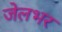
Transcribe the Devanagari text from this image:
जेलभर